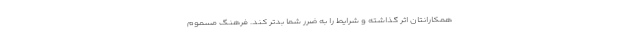
همکارانتان اثر گذاشته و شرایط را به ضرر شما بدتر کند. فرهنگ مسموم